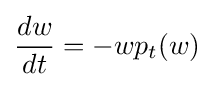
\displaystyle {{dw \over dt}=-wp_{t}(w)}